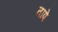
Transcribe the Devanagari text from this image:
तापे